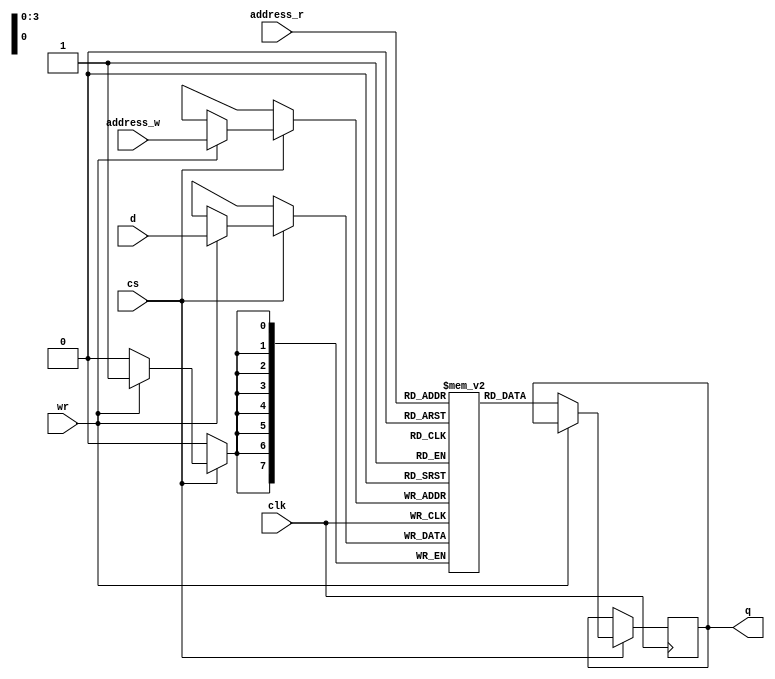
module part16(clk, cs, wr, address_r, address_w, d, q);

input clk, cs, wr;
input [7:0] d;
input [3:0] address_w;
input [3:0] address_r;
output reg [7:0] q;
reg [7:0] mem [0:15];

always@(posedge clk)
 begin

  if(cs)
   begin
    if (wr)
     begin 
      mem[address_w] <= d;
     end
    else
     begin
      q <= mem[address_r];
     end
   end
 end

endmodule